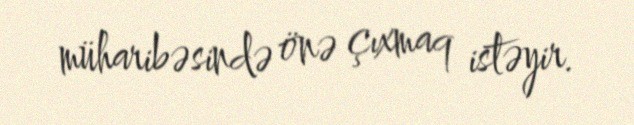
müharibəsində önə çıxmaq istəyir.